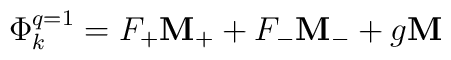
\Phi_k^{q=1} = F_+{\bf M}_+ + F_- {\bf M}_- + g {\bf M}